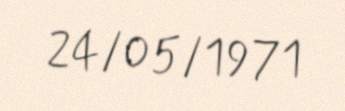
24/05/1971